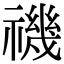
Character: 禨